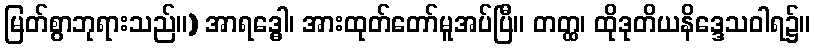
မြတ်စွာဘုရားသည်။) အာရဒ္ဓေါ၊ အားထုတ်တော်မူအပ်ပြီ။ တတ္ထ၊ ထိုဒုတိယနိဒ္ဒေသဝါရ၌။